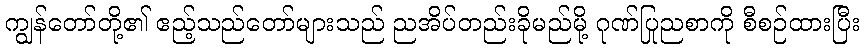
ကျွန်တော်တို့၏ ဧည့်သည်တော်များသည် ညအိပ်တည်းခိုမည်မို့ ဂုဏ်ပြုညစာကို စီစဉ်ထားပြီး